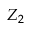
Z _ { 2 }